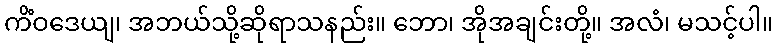
ကိံဝဒေယျ၊ အဘယ်သို့ဆိုရာသနည်း။ ဘော၊ အိုအချင်းတို့။ အလံ၊ မသင့်ပါ။